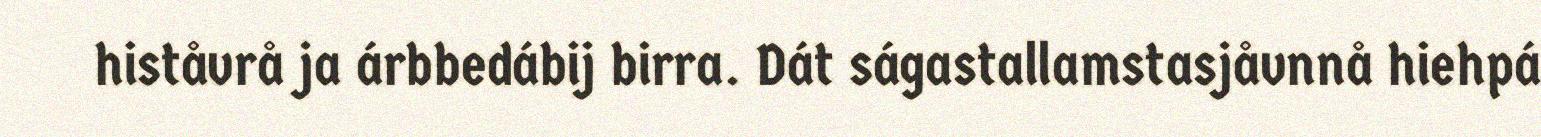
histåvrå ja árbbedábij birra. Dát ságastallamstasjåvnnå hiehpá